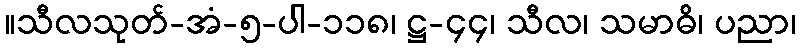
။သီလသုတ်-အံ-၅-ပါ-၁၁၈၊ ဋ္ဌ-၄၄၊ သီလ၊ သမာဓိ၊ ပညာ၊